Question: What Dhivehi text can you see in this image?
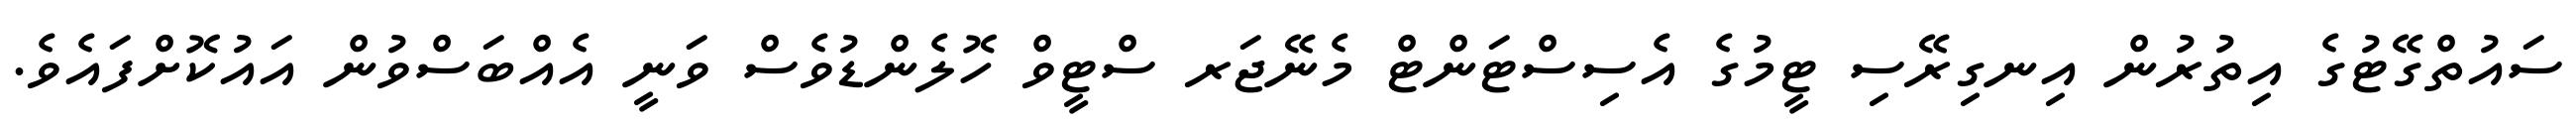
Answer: ސައުތްގޭޓުގެ އިތުރުން އިނގިރޭސި ޓީމުގެ އެސިސްޓަންޓް މެނޭޖަރ ސްޓީވް ހޮލެންޑުވެސް ވަނީ އެއްބަސްވުން އައުކޮށްފައެވެ.